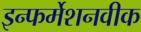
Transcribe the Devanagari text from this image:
इन्फर्मेशनवीक